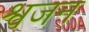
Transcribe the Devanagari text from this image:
श्वजन